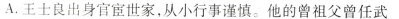
A.王士良出身官宦世家，从小行事谨慎。他的曾祖父曾任武